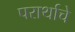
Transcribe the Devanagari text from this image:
परार्थाचे